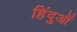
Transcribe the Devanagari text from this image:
हिंदुऒं